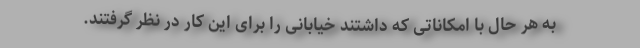
به هر حال با امکاناتی که داشتند خیابانی را برای این کار در نظر گرفتند.